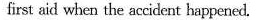
first aid when the accident happened.